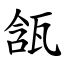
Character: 㼨